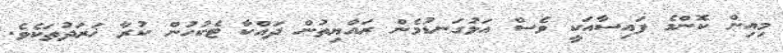
މިއިން ކޮންމެ ފައިސާއަކީ ވެސް އަޅުގަނޑުމެން ރައްޔިތުން ދައްކާ ޓެކުހުން ކުރާ ޚަރަދުތަކެވެ.